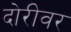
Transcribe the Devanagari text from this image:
दोरीवर